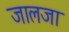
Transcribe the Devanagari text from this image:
जालजा